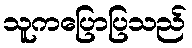
သူကပြောပြသည်